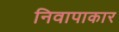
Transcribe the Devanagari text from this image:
निवापाकार